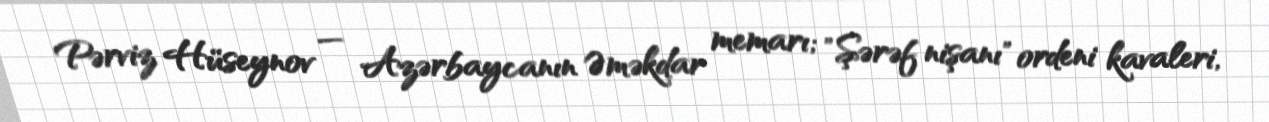
Pərviz Hüseynov — Azərbaycanın Əməkdar memarı; "Şərəf nişanı" ordeni kavaleri,